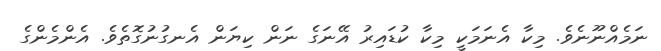
ނަމެއްނޫނެވެ. މިކާ އެނަމަކީ މިކާ ކުޑައިރު އޭނަގެ ނަން ކިޔަން އެނގުނުގޮތެވެ. އެންމެންގެ